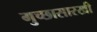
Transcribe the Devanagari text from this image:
गुच्छासारखी